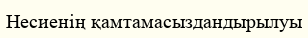
Несиенің қамтамасыздандырылуы